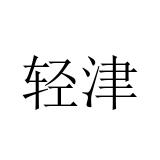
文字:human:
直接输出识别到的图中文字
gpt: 轻津